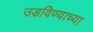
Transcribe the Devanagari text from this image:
उडविण्याच्या